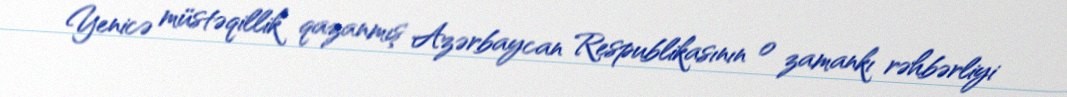
Yenicə müstəqillik qazanmış Azərbaycan Respublikasının o zamankı rəhbərliyi